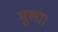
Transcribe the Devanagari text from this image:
मुला।